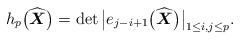
\begin{gather*}h_p\big(\widehat{\boldsymbol{X}}\big)= \det \big| e_{j-i+1}\big(\widehat{\boldsymbol{X}}\big)\big|_{1 \le i,j \le p}.\end{gather*}